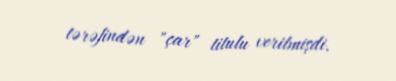
tərəfindən "çar" titulu verilmişdi.